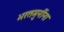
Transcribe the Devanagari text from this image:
भरतमुनींना